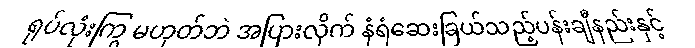
ရုပ်လုံးကြွ မဟုတ်ဘဲ အပြားလိုက် နံရံဆေးခြယ်သည့်ပန်းချီနည်းနှင့်